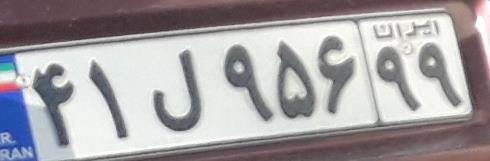
۴۱ل۹۵۶۹۹